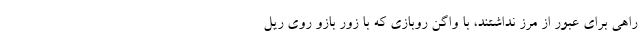
راهی برای عبور از مرز نداشتند، با واگن روبازی که با زور بازو روی ریل